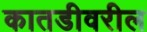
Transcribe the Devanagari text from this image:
कातडीवरील